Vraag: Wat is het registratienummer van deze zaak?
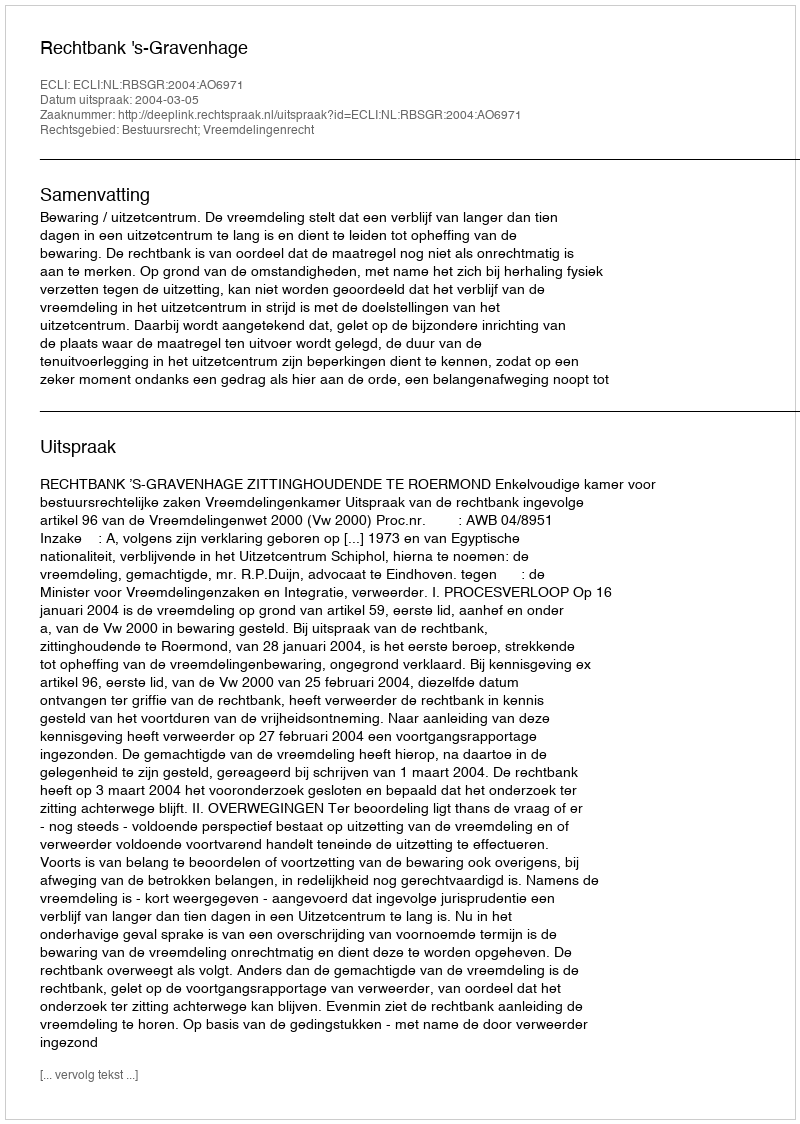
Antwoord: http://deeplink.rechtspraak.nl/uitspraak?id=ECLI:NL:RBSGR:2004:AO6971